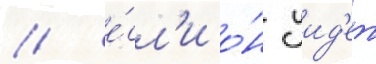
/ е́сл'и о́н уид'ет